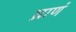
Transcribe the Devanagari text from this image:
घ्राणं